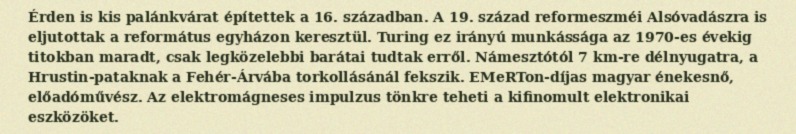
Érden is kis palánkvárat építettek a 16. században. A 19. század reformeszméi Alsóvadászra is eljutottak a református egyházon keresztül. Turing ez irányú munkássága az 1970-es évekig titokban maradt, csak legközelebbi barátai tudtak erről. Námesztótól 7 km-re délnyugatra, a Hrustin-pataknak a Fehér-Árvába torkollásánál fekszik. EMeRTon-díjas magyar énekesnő, előadóművész. Az elektromágneses impulzus tönkre teheti a kifinomult elektronikai eszközöket.